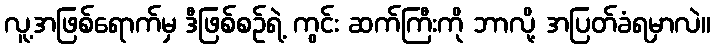
လူ့အဖြစ်ရောက်မှ ဒီဖြစ်စဉ်ရဲ့ ကွင်း ဆက်ကြီးကို ဘာလို့ အပြတ်ခံရမှာလဲ။